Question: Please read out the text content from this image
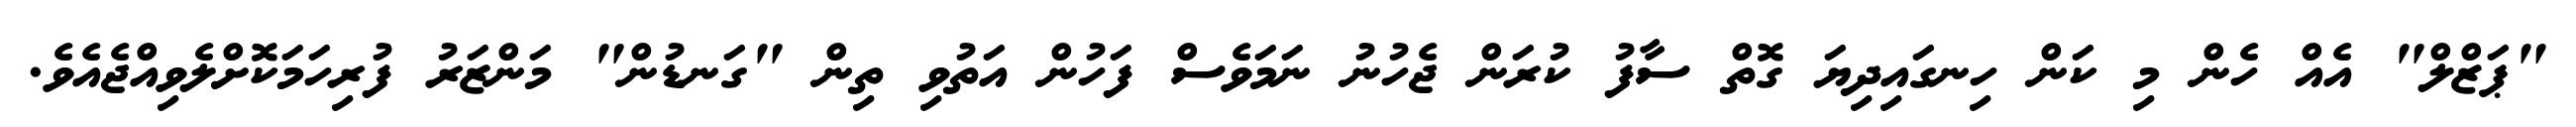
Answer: "ޕަޒްލް" އެއް ހެން މި ކަން ހިނގައިދިޔަ ގޮތް ސާފު ކުރަން ޖެހުނު ނަމަވެސް ފަހުން އަތުވި ތިން "ގަނޑުން" މަންޒަރު ފުރިހަމަކޮށްލެވިއްޖެއެވެ.